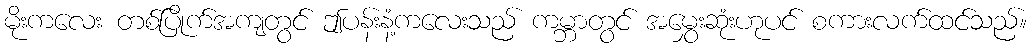
မိုးကလေး တစ်ပြိုက်အကျတွင် ဤပန်းနံ့ကလေးသည် ကမ္ဘာတွင် အမွှေးဆုံးဟုပင် စကားလက်ထင်သည်။